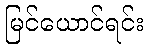
မြင်ယောင်ရင်း